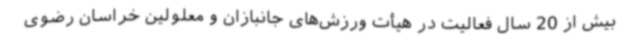
بیش از 20 سال فعالیت در هیأت ورزش‌های جانبازان و معلولین خراسان رضوی